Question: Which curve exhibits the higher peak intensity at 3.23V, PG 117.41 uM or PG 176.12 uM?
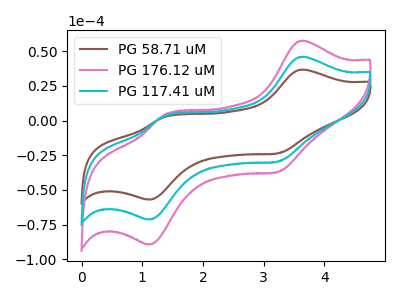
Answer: <think>The brown curve "PG 58.71 uM" has anodic peaks at (3.65V, 36.70uA) (1.35V, 2.50uA) and cathodic peaks at (3.25V, -23.65uA) (1.10V, -56.95uA). The pink curve "PG 176.12 uM" has anodic peaks at (3.65V, 91.85uA) (1.35V, 6.25uA) and cathodic peaks at (3.25V, -59.20uA) (1.10V, -142.65uA). The cyan curve "PG 117.41 uM" has anodic peaks at (3.65V, 45.95uA) (1.35V, 3.15uA) and cathodic peaks at (3.25V, -29.60uA) (1.10V, -71.30uA).</think>
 <answer>The peak at 3.23V is lower in "PG 117.41 uM" than in "PG 176.12 uM".</answer>
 <eval>lower</eval>